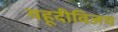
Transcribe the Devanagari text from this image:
यहूदीविजय